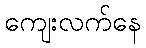
ကျေးလက်နေ